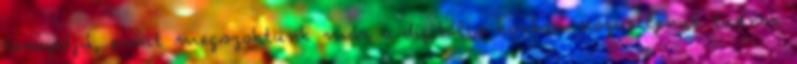
tempójú, amit megszoktunk már a digitális korban. Közvetlenül tudnak